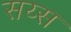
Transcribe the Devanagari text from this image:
सय्स